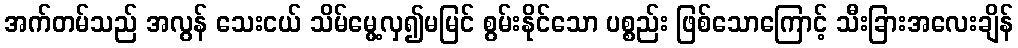
အက်တမ်သည် အလွန် သေးငယ် သိမ်မွေ့လှ၍မမြင် စွမ်းနိုင်သော ပစ္စည်း ဖြစ်သောကြောင့် သီးခြားအလေးချိန်